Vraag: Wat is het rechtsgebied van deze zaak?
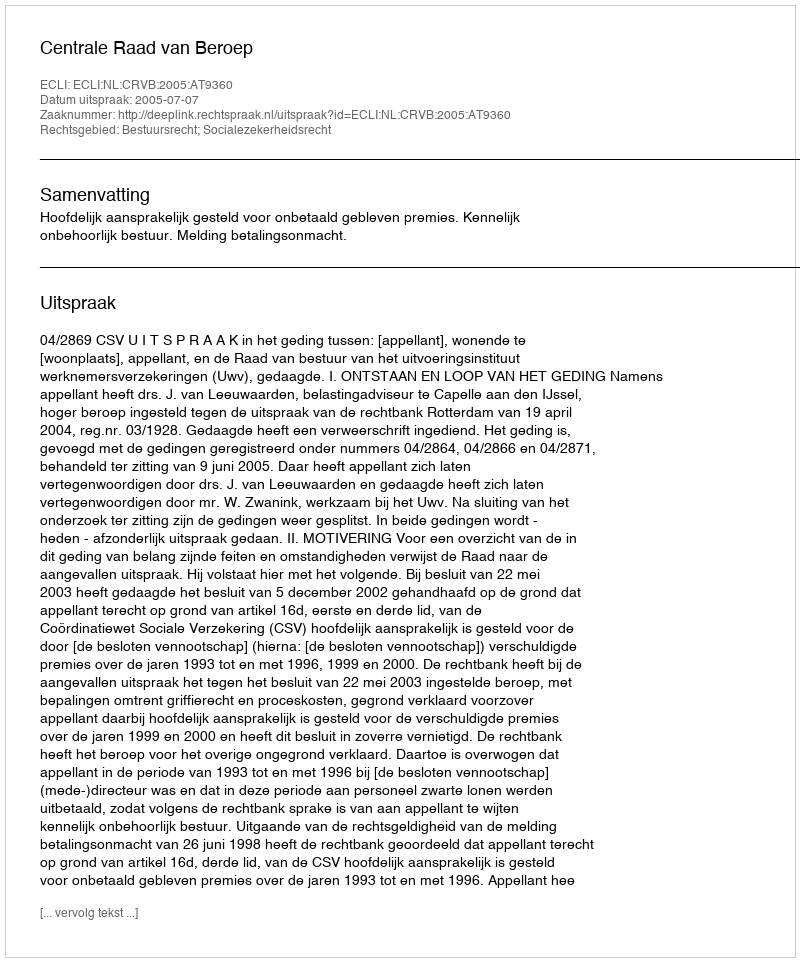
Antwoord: Bestuursrecht; Socialezekerheidsrecht